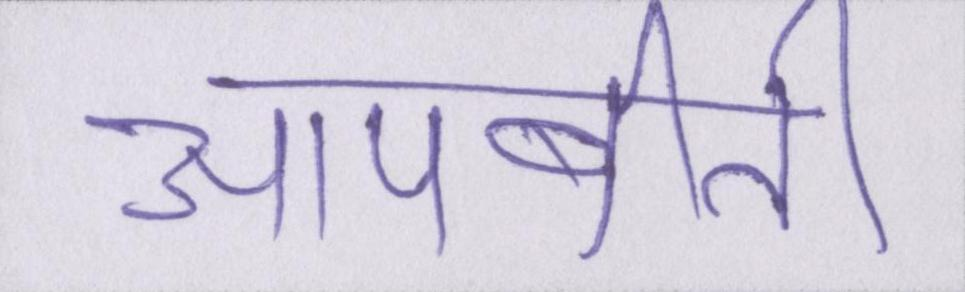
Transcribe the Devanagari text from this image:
आपबीती